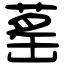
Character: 䔄